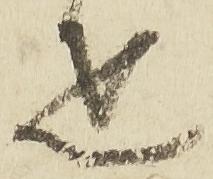
疋